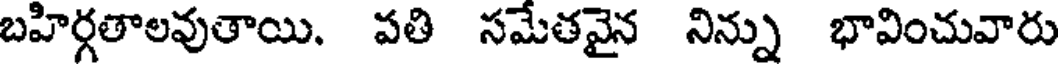
బహిర్గతాలవుతాయి. పతి సమేతవైన నిన్ను భావించువారు